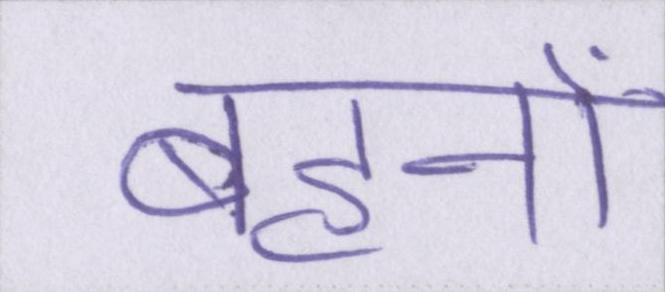
बहनों